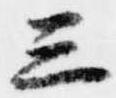
三